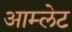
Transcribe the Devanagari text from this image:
आम्‍लेट